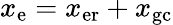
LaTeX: x_{\mathrm{e}}=x_{\mathrm{er}}+x_{\mathrm{gc}}